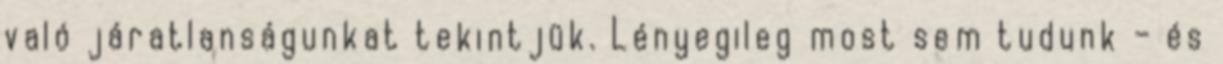
való járatlanságunkat tekintjük. Lényegileg most sem tudunk – és